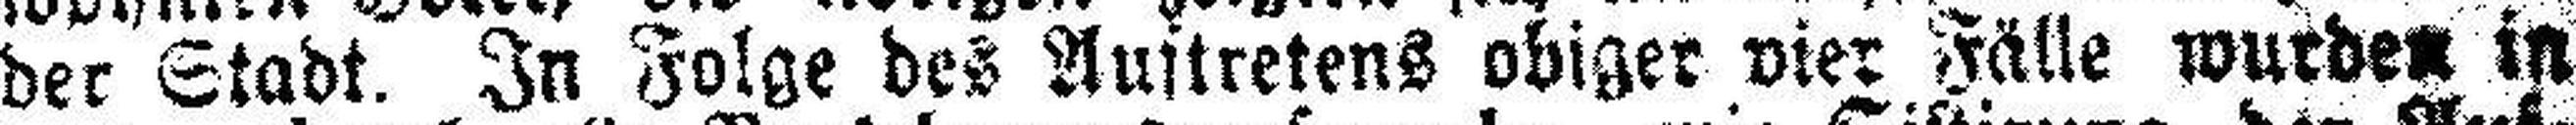
der Stadt. In Folge des Auftretens obiger vier Fälle wurden in